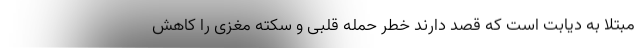
مبتلا به دیابت است که قصد دارند خطر حمله قلبی و سکته مغزی را کاهش